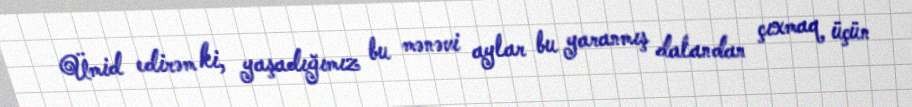
Ümid edirəm ki, yaşadığımız bu mənəvi aylar bu yaranmış dalandan çıxmaq üçün